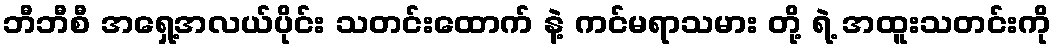
ဘီဘီစီ အရှေ့အလယ်ပိုင်း သတင်းထောက် နဲ့ ကင်မရာသမား တို့ ရဲ့ အထူးသတင်းကို